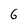
Character: 6